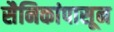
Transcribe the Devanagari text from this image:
सैनिकांपासून